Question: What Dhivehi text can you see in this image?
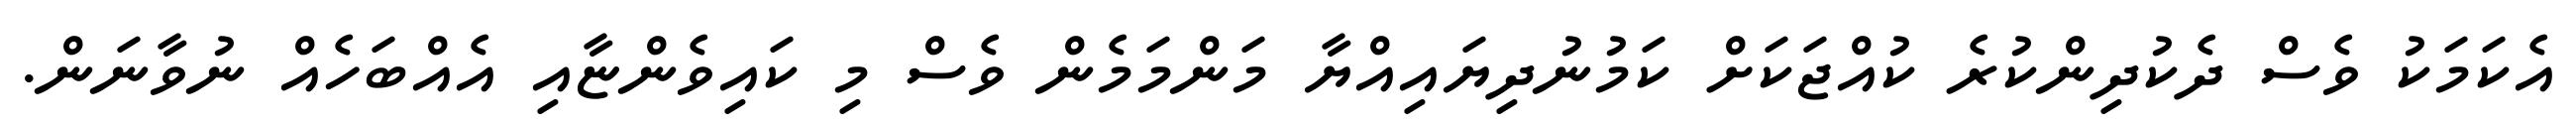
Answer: އެކަމަކު ވެސް ދެކުދިންކުރެ ކުއްޖަކަށް ކަމުނުދިޔައިއްޔާ މަންމަމެން ވެސް މި ކައިވެންޏާއި އެއްބަހެއް ނުވާނަން.